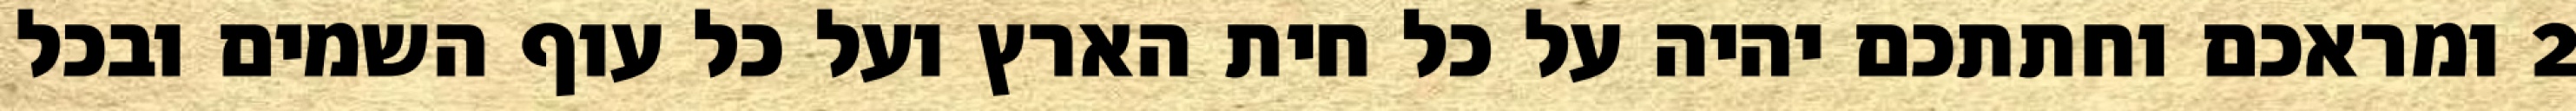
‎2‏ ומראכם וחתתכם יהיה על כל חית הארץ ועל כל עוף השמים ובכל